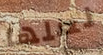
لعلها